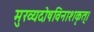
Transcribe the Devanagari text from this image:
मुख्यदोषविनाशकृत्।